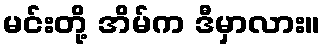
မင်းတို့ အိမ်က ဒီမှာလား။